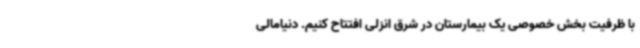
با ظرفیت بخش خصوصی یک بیمارستان در شرق انزلی افتتاح کنیم. دنیامالی